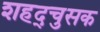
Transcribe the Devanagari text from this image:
शहद्चुसक